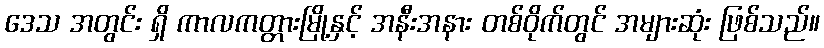
ဒေသ အတွင်း ရှိ ကာလကတ္တားမြို့နှင့် အနီးအနား တစ်ဝိုက်တွင် အများဆုံး ဖြစ်သည်။